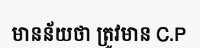
មានន័យថា ត្រូវមាន C.P